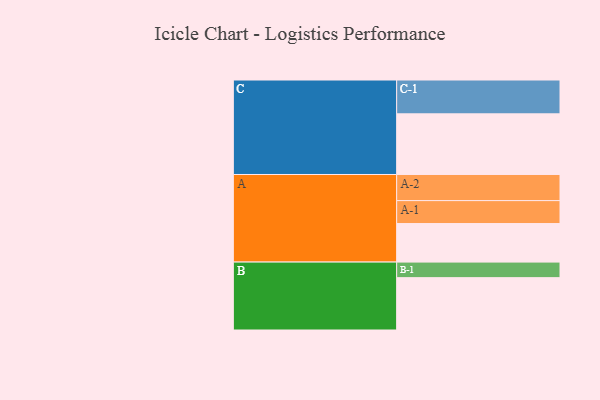
{"axis": {"x": "Segment", "y": "Value"}, "legend": ["", "A", "B", "C"], "data": [{"x": "A", "y": 329, "type": ""}, {"x": "B", "y": 447, "type": ""}, {"x": "C", "y": 518, "type": ""}, {"x": "A-1", "y": 196, "type": "A"}, {"x": "A-2", "y": 223, "type": "A"}, {"x": "B-1", "y": 133, "type": "B"}, {"x": "C-1", "y": 289, "type": "C"}]}